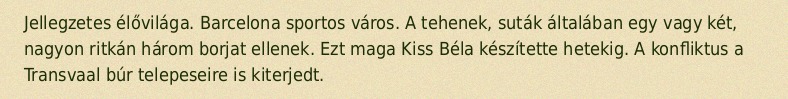
Jellegzetes élővilága. Barcelona sportos város. A tehenek, suták általában egy vagy két, nagyon ritkán három borjat ellenek. Ezt maga Kiss Béla készítette hetekig. A konfliktus a Transvaal búr telepeseire is kiterjedt.